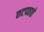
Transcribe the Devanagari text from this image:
छटपठाते